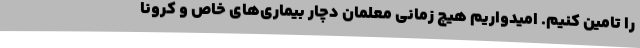
را تامین کنیم. امیدواریم هیچ زمانی معلمان دچار بیماری‌های خاص و کرونا